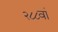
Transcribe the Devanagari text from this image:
२८८वां